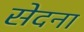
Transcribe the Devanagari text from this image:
सेदना